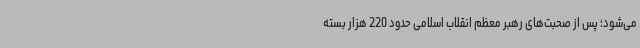
می‌شود؛ پس از صحبت‌های رهبر معظم انقلاب اسلامی حدود 220 هزار بسته